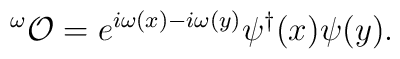
^\omega {\cal O} =e^{i\omega (x)-i\omega (y)}\psi ^\dagger (x)\psi (y).